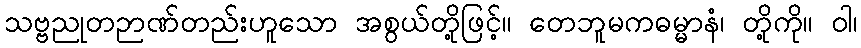
သဗ္ဗညုတဉာဏ်တည်းဟူသော အစွယ်တို့ဖြင့်။ တေဘူမကဓမ္မာနံ၊ တို့ကို။ ဝါ၊